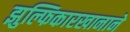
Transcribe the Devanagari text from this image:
झुल्फिकारखानाने